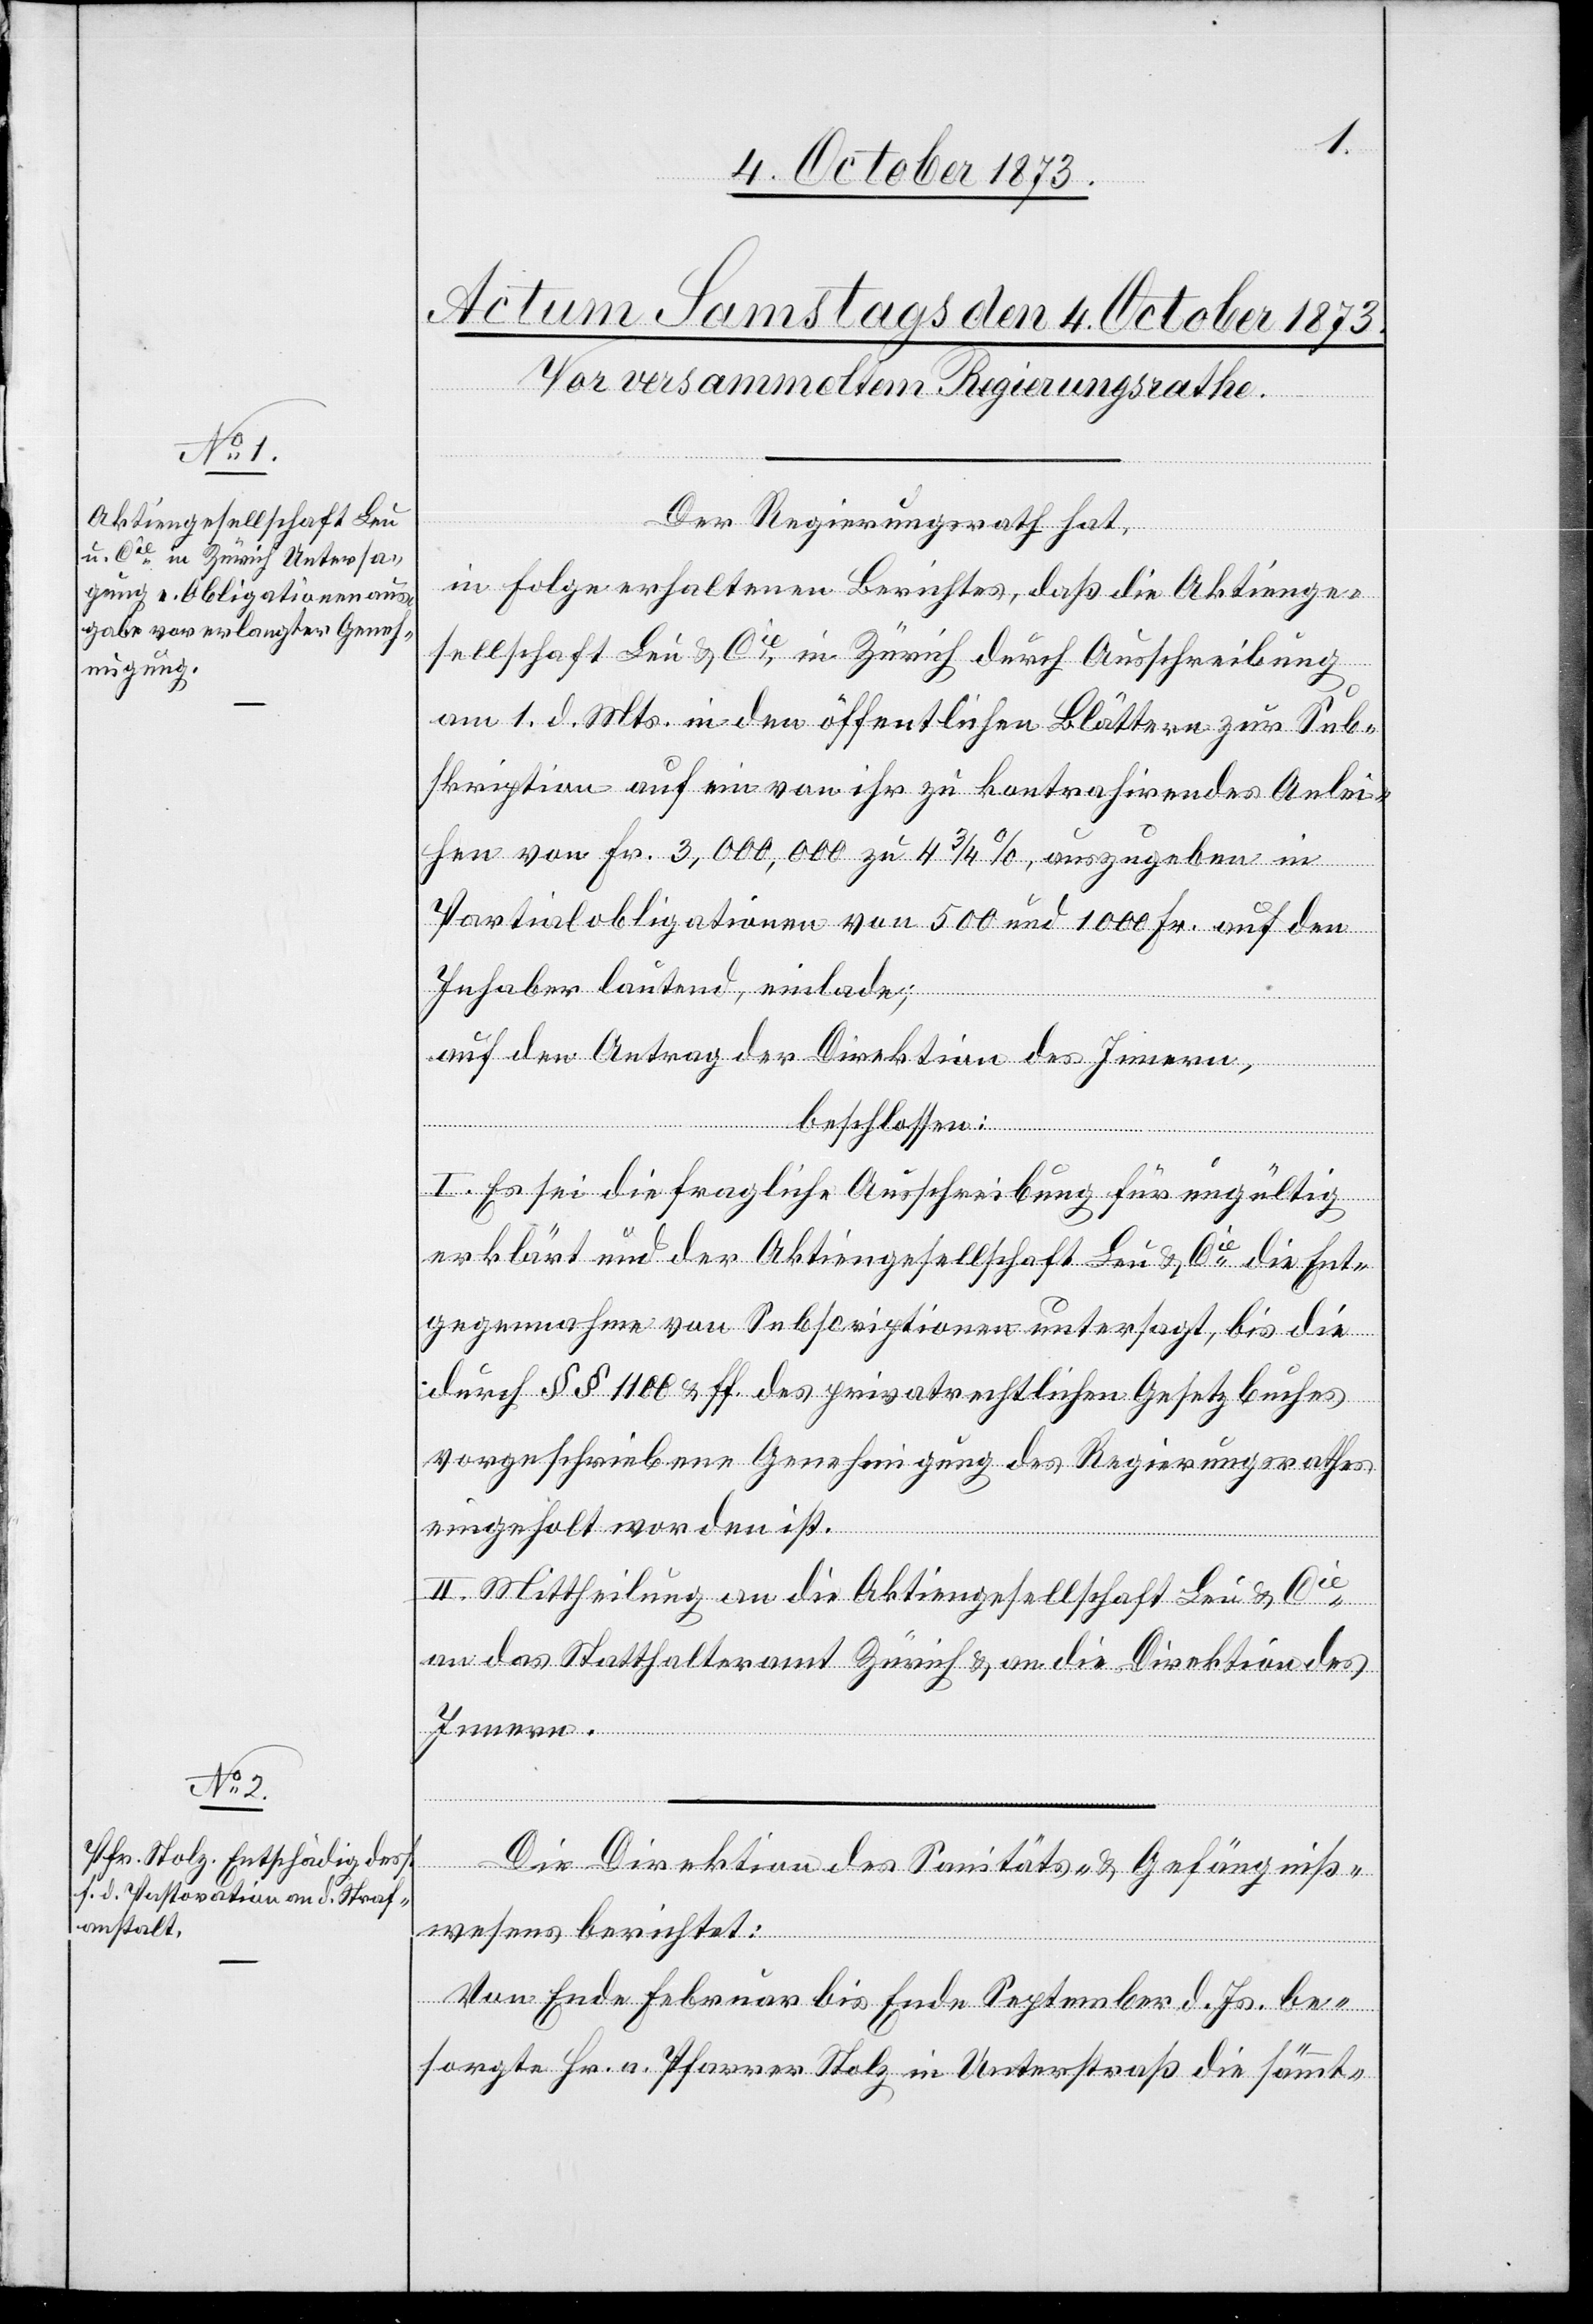
Der Regierungsrath hat,
in Folge erhaltenen Berichtes, daß die Aktienge¬
sellschaft Leu & Cie in Zürich durch Ausschreibung
am 1. d. Mts. in den öffentlichen Blättern zur Sub¬
skription auf ein von ihr zu kontrahirendes Anlei¬
hen von Fr. 3,000,000 zu 4 3/4%, auszugeben in
Partialobligationen von 500 und 1 000 Fr. auf den
Inhaber lautend, einlade;
auf den Antrag der Direktion des Innern,
beschlossen:
I. Es sei die fragliche Ausschreibung für ungültig
erklärt und der Aktiengesellschaft Leu & Cie die Ent¬
gegennahme von Subscriptionen untersagt, bis die
durch §§ 1100 & ff. des privatrechtlichen Gesetzbuches
vorgeschriebene Genehmigung des Regierungsrathes
eingeholt worden ist.
II. Mittheilung an die Aktiengesellschaft Leu & Cie
an das Statthalteramt Zürich & an die Direktion des
Innern.
Die Direktion des Sanitäts- & Gefängniß¬
wesens berichtet:
Von Ende Februar bis Ende September d. Js. be¬
sorgte Hr. a. Pfarrer Stolz in Unterstraß die sämt-